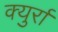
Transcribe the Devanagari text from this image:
क्युर्रा